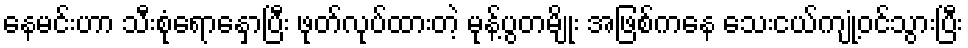
နေမင်းဟာ သီးစုံရောနှောပြီး ဖုတ်လုပ်ထားတဲ့ မုန့်ပွတမျိုး အဖြစ်ကနေ သေးငယ်ကျုံ့ဝင်သွားပြီး